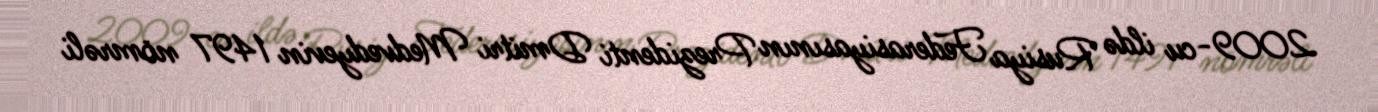
2009-cu ildə Rusiya Federasiyasının Prezidenti Dmitri Medvedyevin 1497 nömrəli